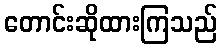
တောင်းဆိုထားကြသည်